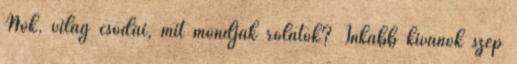
Nők, világ csodái, mit mondjak rólatok? Inkább kívánok szép